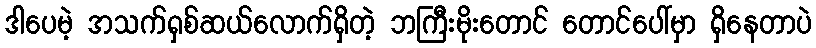
ဒါပေမဲ့ အသက်ရှစ်ဆယ်လောက်ရှိတဲ့ ဘကြီးမိုးတောင် တောင်ပေါ်မှာ ရှိနေတာပဲ